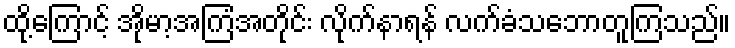
ထို့ကြောင့် အိုမာ့အကြံအတိုင်း လိုက်နာရန် လက်ခံသဘောတူကြသည်။